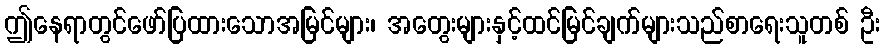
ဤနေရာတွင်ဖော်ပြထားသောအမြင်များ၊ အတွေးများနှင့်ထင်မြင်ချက်များသည်စာရေးသူတစ် ဦး